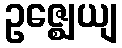
ဥဇ္ဈေယျ